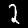
Label: 2